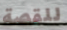
للقصة